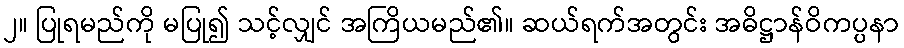
၂။ ပြုရမည်ကို မပြု၍ သင့်လျှင် အကြိယမည်၏။ ဆယ်ရက်အတွင်း အဓိဋ္ဌာန်ဝိကပ္ပနာ